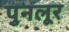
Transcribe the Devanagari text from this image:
पुनलूर